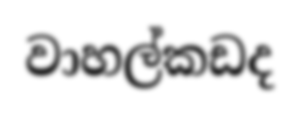
වාහල්කඩද